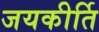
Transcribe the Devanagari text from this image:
जयकीर्ति